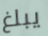
يبلغ